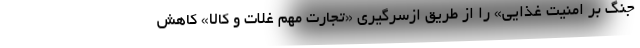
جنگ بر امنیت غذایی» را از طریق ازسرگیری «تجارت مهم غلات و کالا» کاهش